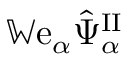
\mathbb { W } \mathrm { e } _ { \alpha } \hat { \Psi } _ { \alpha } ^ { \mathrm { I I } }